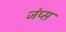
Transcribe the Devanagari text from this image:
जंप्स